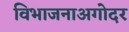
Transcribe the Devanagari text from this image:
विभाजनाअगोदर